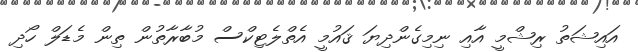
އައިޝަތު ރިޝްމީ އާއި ނިމިގެންދިޔަ ޤައުމީ އެތްލެޓިކްސް މުބާރާތުން ތިން މެޑަލް ހޯދި